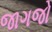
જાગજો